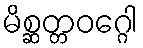
မိစ္ဆတ္တဝဂ္ဂေါ